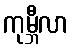
ကုမ္ဘီလာ